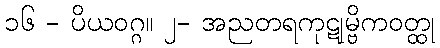
၁၆ - ပိယဝဂ္ဂ။ ၂- အညတရကုဋုမ္ဗိကဝတ္ထု